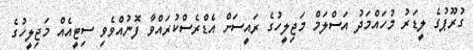
ގުރޫޕުގެ ލީޑަރު މުހައްމަދު އަސްލަމް މަޖިލީހުގެ ރައީސަށް އެޑްރެސްކުރައްވާ ފޮނުއްވެވި ސިޓީއެއް މަޖިލީހުގެ